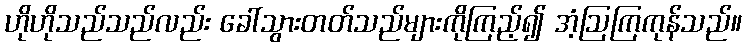
ဟိုဟိုသည်သည်လည်း ခေါ်သွားတတ်သည်များကိုကြည့်၍ အံ့ဩကြကုန်သည်။